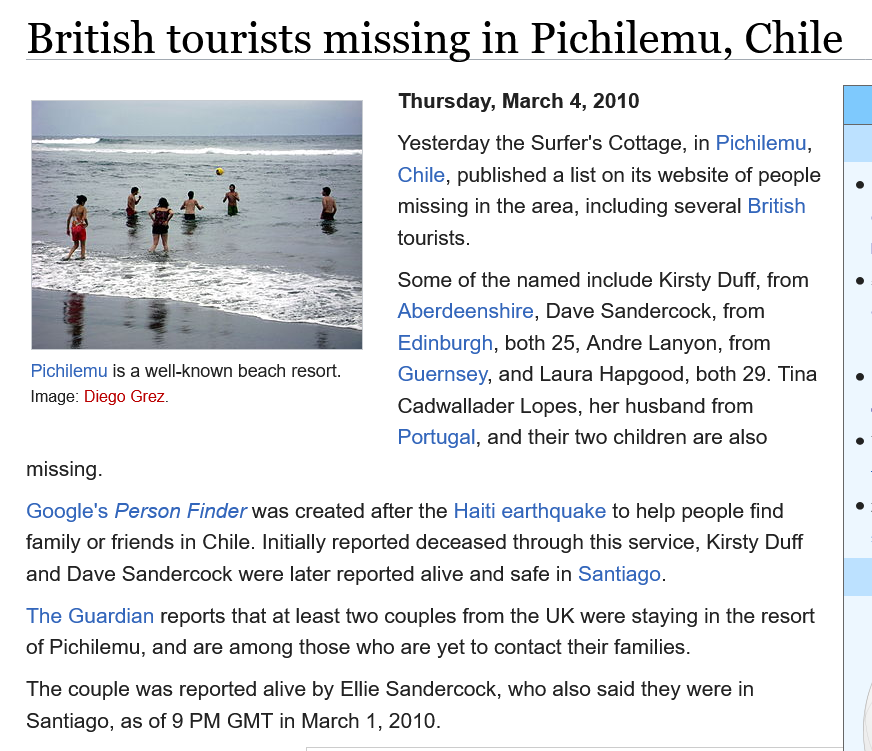
British    tourists    missing    in   Pichilemu,    Chile
     Yesterday the Surfer's Cottage, in Pichilemu,
     Chile, published a list on its website of people
     missing in the area, including several British
     tourists.
     Some of the named include Kirsty Duff, from
     Aberdeenshire, Dave Sandercock, from
     Edinburgh, both 25, Andre Lanyon, from
     Guernsey, and Laura Hapgood, both 29. Tina
     Cadwallader Lopes, her husband from
     Portugal, and their two children are also
   missing.
   Google's Person Finder was created after the Haiti earthquake to help people find
   family or friends in Chile. Initially reported deceased through this service, Kirsty Duff
   and Dave  Sandercock were later reported alive and safe in Santiago.
   The Guardian reports that at least two couples from the UK were staying in the resort
   of Pichilemu, and are among those who are yet to contact their families.
   The couple was reported alive by Ellie Sandercock, who also said they were in
   Santiago, as of 9 PM GMT in March 1, 2010.
    Pichilemu is a well-known beach resort.
    Image: Diego Grez.
     Thursday, March  4, 2010